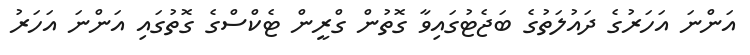
އަންނަ އަހަރުގެ ދައުލަތުގެ ބަޖެޓުގައިވާ ގޮތުން ގްރީން ޓެކްސްގެ ގޮތުގައި އަންނަ އަހަރު